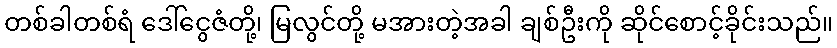
တစ်ခါတစ်ရံ ဒေါ်ငွေဇံတို့၊ မြလွင်တို့ မအားတဲ့အခါ ချစ်ဦးကို ဆိုင်စောင့်ခိုင်းသည်။